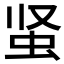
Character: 𰲮